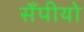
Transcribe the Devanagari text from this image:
सँपीयो